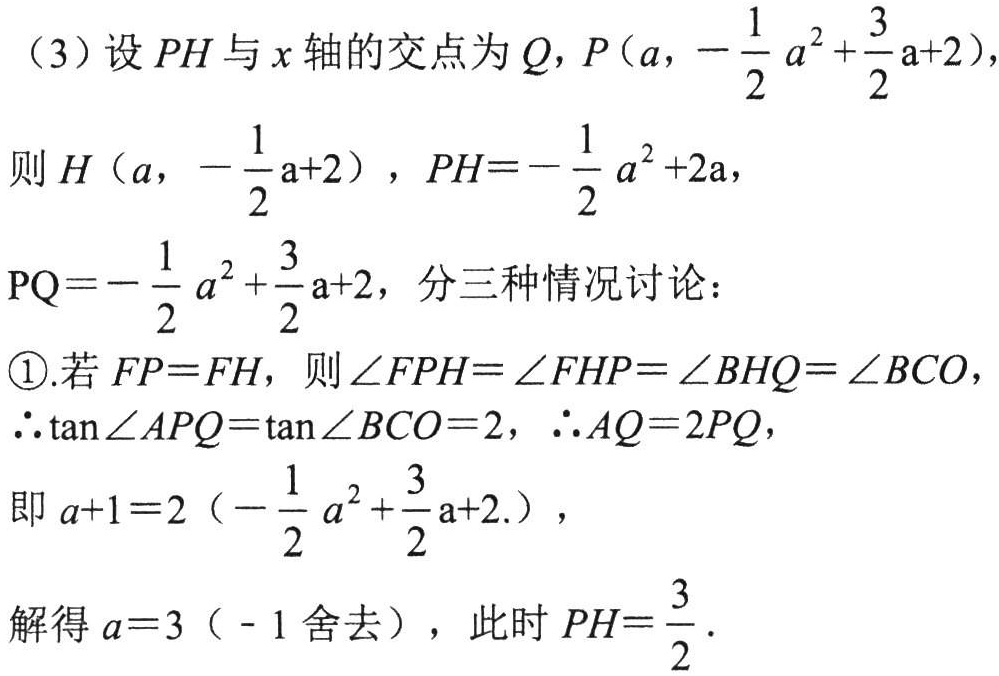
（3）设 \(PH\) 与 \(x\) 轴的交点为 \(Q\)，\(P(a,-\frac{1}{2}a^{2}+\frac{3}{2}a + 2)\)，

则 \(H(a,-\frac{1}{2}a + 2)\)，\(PH=-\frac{1}{2}a^{2}+2a\)，

\(PQ=-\frac{1}{2}a^{2}+\frac{3}{2}a + 2\)，分三种情况讨论：

\textcircled{1}.若 \(FP = FH\)，则 \(\angle FPH=\angle FHP=\angle BHQ=\angle BCO\)，

\(\therefore\tan\angle APQ=\tan\angle BCO = 2\)，\(\therefore AQ = 2PQ\)，

即 \(a + 1=2\left(-\frac{1}{2}a^{2}+\frac{3}{2}a + 2\right)\)，

解得 \(a = 3\)（\(-1\) 舍去），此时 \(PH=\frac{3}{2}\)．